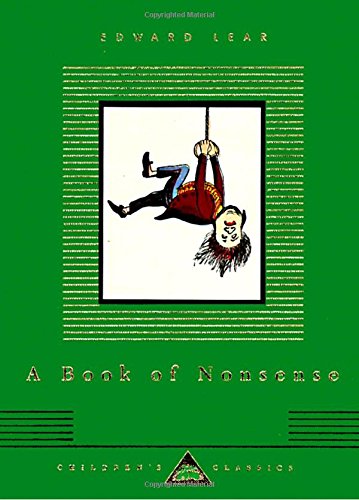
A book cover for A Book of Nonsense (Children's Classics); Edward Lear; Humor & Entertainment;